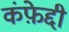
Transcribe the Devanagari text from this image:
कंफ़ेद्दी